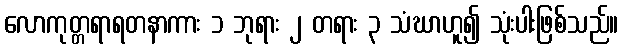
လောကုတ္တရာရတနာကား ၁ ဘုရား ၂ တရား ၃ သံဃာဟူ၍ သုံးပါးဖြစ်သည်။